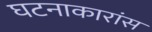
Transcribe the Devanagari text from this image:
घटनाकारांस